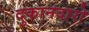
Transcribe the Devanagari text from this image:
दुकानदारो